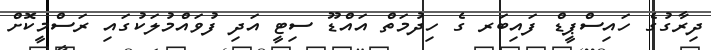
ދިރާގުގެ ހައިސްޕީޑް ފައިބަރ ގެ ހިދުމަތް އައްޑޫ ސިޓީ އަދި ފުވައްމުލަކުގައި ރަސްމީކޮށް